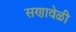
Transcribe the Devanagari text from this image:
सणावेळी